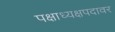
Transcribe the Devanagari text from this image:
पक्षाध्यक्षपदावर